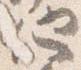
他